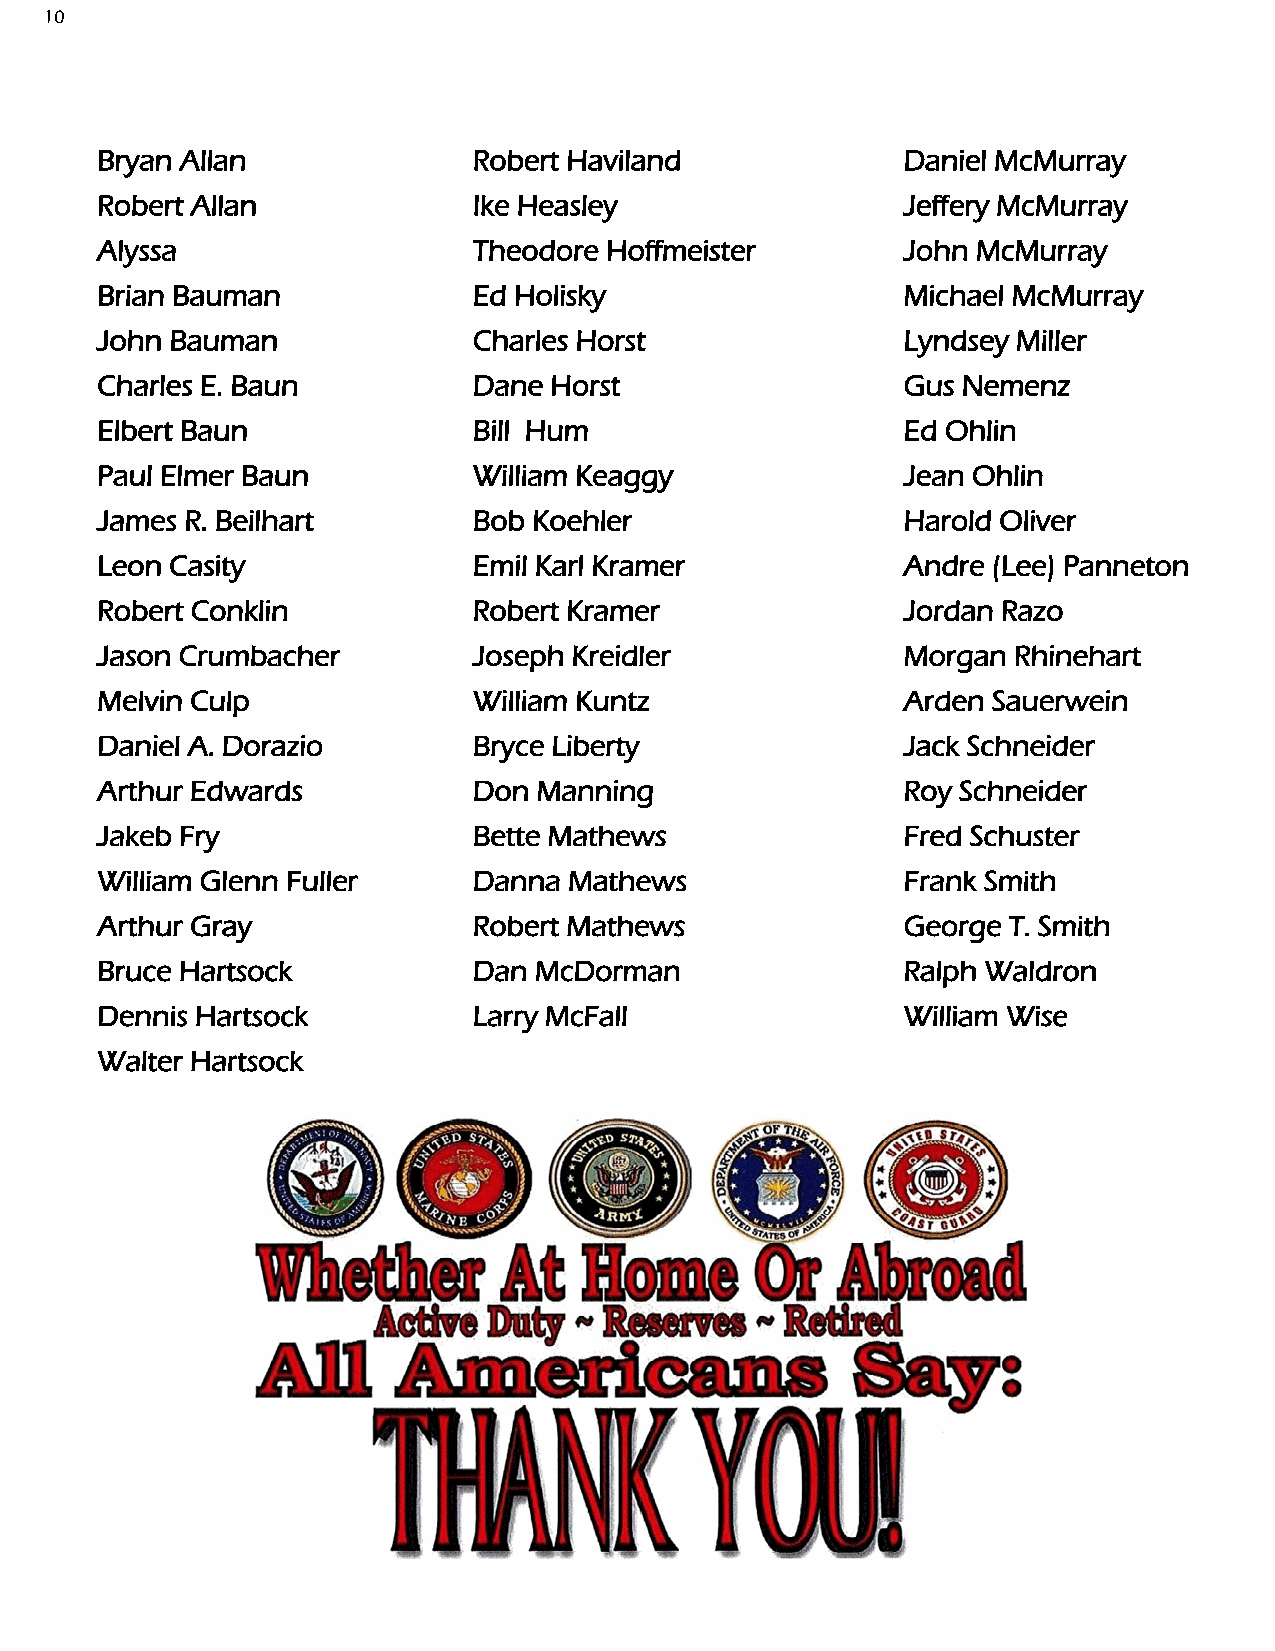
10
 Bryan Allan              Robert Haviland              Daniel McMurray
 Robert Allan             Ike Heasley                  Jeffery McMurray
 Alyssa                   Theodore Hoffmeister         John McMurray
 Brian Bauman             Ed Holisky                   Michael McMurray
 John Bauman              Charles Horst                Lyndsey Miller
 Charles E. Baun          Dane Horst                   Gus Nemenz
 Elbert Baun              Bill Hum                     Ed Ohlin
 Paul Elmer Baun          William Keaggy               Jean Ohlin
 James R. Beilhart        Bob Koehler                  Harold Oliver
 Leon Casity              Emil Karl Kramer             Andre (Lee) Panneton
 Robert Conklin           Robert Kramer                Jordan Razo
 Jason Crumbacher         Joseph Kreidler              Morgan Rhinehart
 Melvin Culp              William Kuntz                Arden Sauerwein
 Daniel A. Dorazio        Bryce Liberty                Jack Schneider
 Arthur Edwards           Don  Manning                 Roy Schneider
 Jakeb Fry                Bette Mathews                Fred Schuster
 William Glenn Fuller     Danna  Mathews               Frank Smith
 Arthur Gray              Robert Mathews               George T. Smith
 Bruce Hartsock           Dan McDorman                 Ralph Waldron
 Dennis Hartsock          Larry McFall                 William Wise
 Walter Hartsock